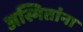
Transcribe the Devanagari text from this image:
अस्मितांना